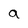
Character: a